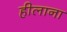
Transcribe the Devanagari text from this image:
हीलाना